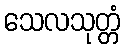
သေလသုတ္တံ